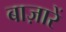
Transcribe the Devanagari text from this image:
बाज़ारें